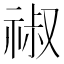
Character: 𥚔